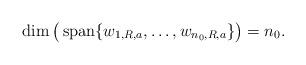
LaTeX: \begin{align*}\mathop{\rm dim}\big(\mathop{\rm span} \{w_{1,R,a},\ldots,w_{n_0,R,a}\}\big)=n_0.\end{align*}